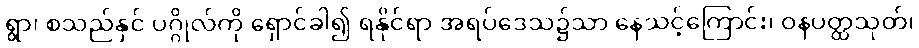
ရွာ၊ စသည်နှင် ပဂ္ဂိုလ်ကို ရှောင်ခါ၍ ရနိုင်ရာ အရပ်ဒေသ၌သာ နေသင့်ကြောင်း၊ ဝနပတ္ထသုတ်၊